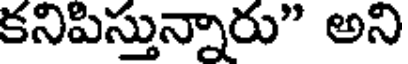
కనిపిస్తున్నారు" అని